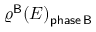
\varrho ^ { \mathsf { B } } ( E ) _ { \mathsf { p h a s e \, B } }